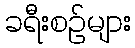
ခရီးစဉ်များ